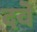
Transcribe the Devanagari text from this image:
दवॆ